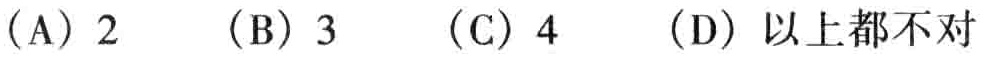
（A）2  （B）3  （C）4  （D）以上都不对